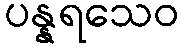
ပန္နရသေဝ